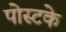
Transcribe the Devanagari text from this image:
पोस्टके